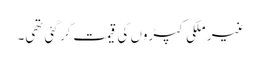
غیر ملکی کپڑوں کی قیمت گر گئی تھی۔